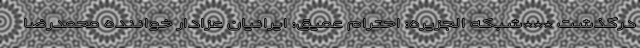
درگذشت ***شبکه الجزیره: احترام عمیق: ایرانیان عزادار خواننده محمدرضا